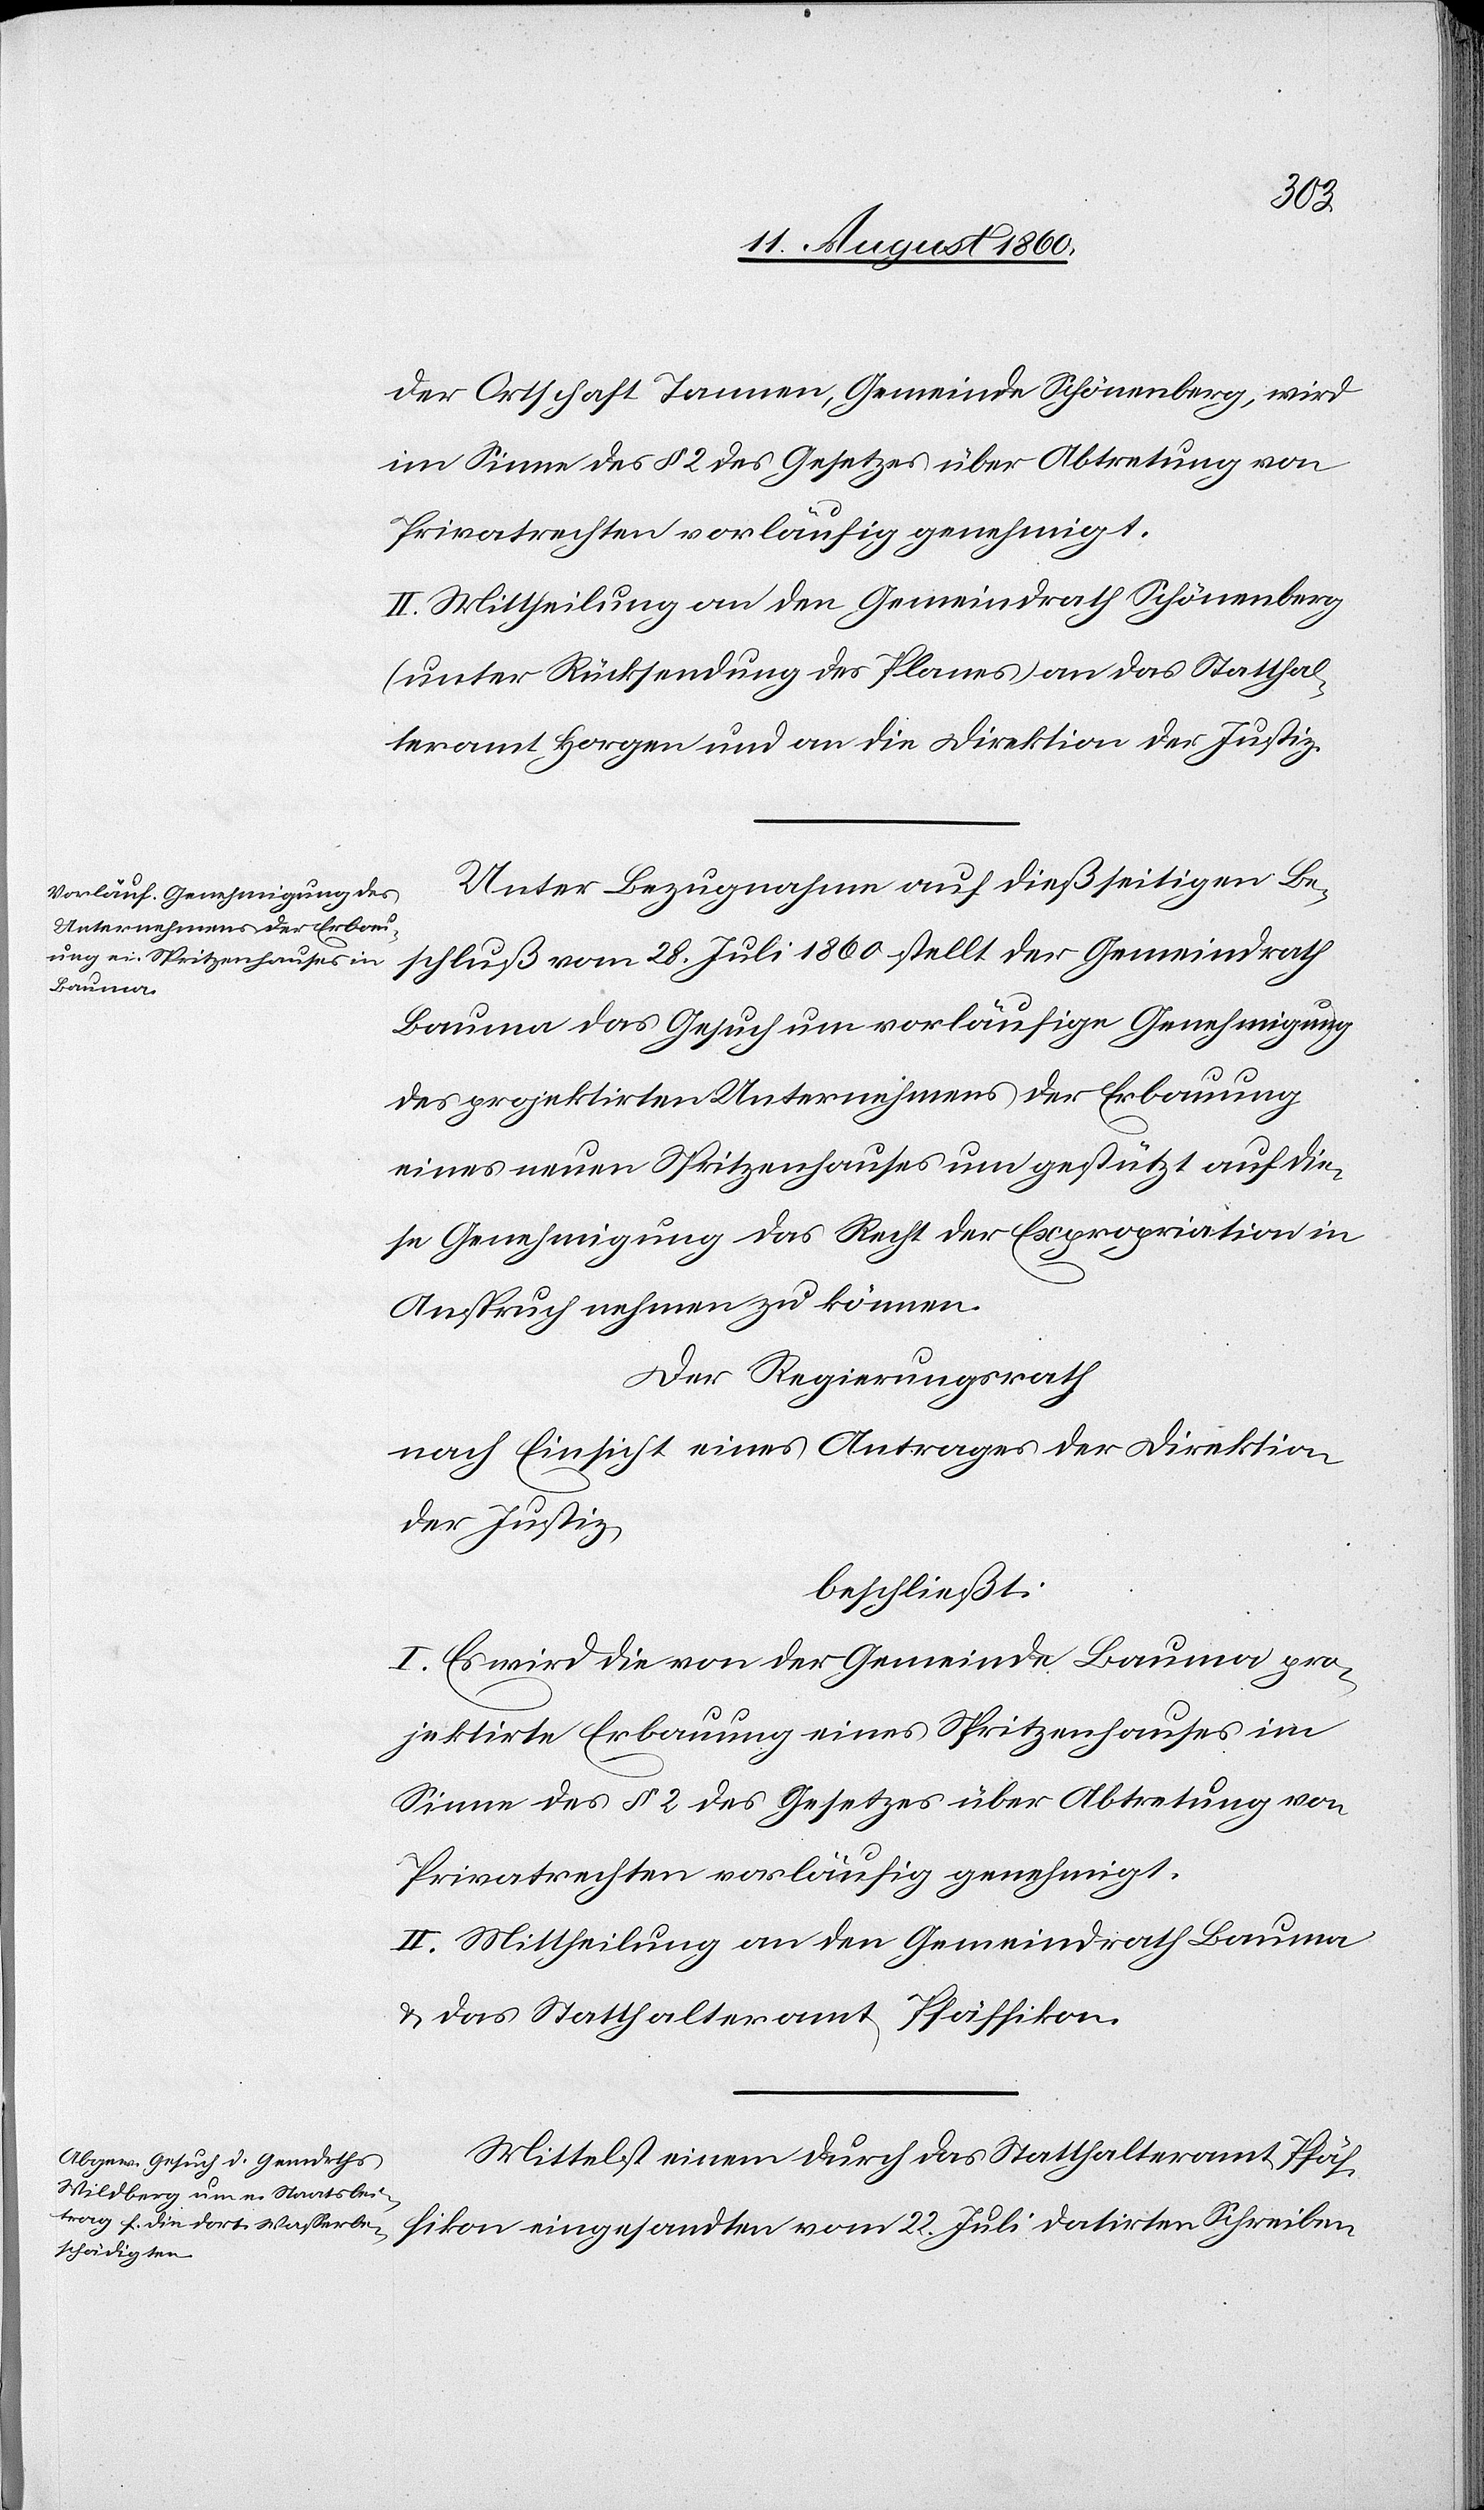
Ortschaft Tannen, Gemeinde Schönenberg, wird
im Sinne des §. 2 des Gesetzes über Abtretung von
Privatrechten vorläufig genehmigt.
II. Mittheilung a) an den Gemeindrath Schönenberg,
(unter Rücksendung des Planes); b) an das Statthal¬
teramt Horgen; c) an die Direktion der Justiz.
Unter Bezugnahme auf diesseitigen Be¬
schluss vom 28. Juli 1860 stellt der Gemeindrath
Bauma das Gesuch um vorläufige Genehmigung
des projektirten Unternehmens der Erbauung
eines neuen Spritzenhauses, um gestützt auf die¬
se Genehmigung das Recht der Expropriation in
Anspruch nehmen zu können.
Der Regierungsrath,
nach Einsicht eines Antrages der Direktion
der Justiz,
beschliesst:
I. Es wird die von der Gemeinde Bauma pro¬
jektirte Erbauung eines Spritzenhauses im
Sinne des §. 2 des Gesetzes über Abtretung von
Privatrechten vorläufig genehmigt.
II. Mittheilung an den Gemeindrath Bauma
u. das Statthalteramt Pfäffikon.
Mittelst einem durch das Statthalteramt Pfäf¬
fikon eingesandten vom 22. Juli datirten Schreiben